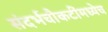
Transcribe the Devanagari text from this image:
संदर्भचौकटींमध्येच